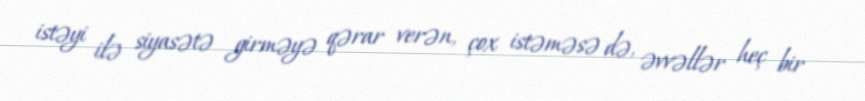
istəyi ilə siyasətə girməyə qərar verən, çox istəməsə də, əvvəllər heç bir